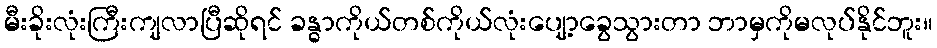
မီးခိုးလုံးကြီးကျလာပြီဆိုရင် ခန္ဓာကိုယ်တစ်ကိုယ်လုံးပျော့ခွေသွားတာ ဘာမှကိုမလုပ်နိုင်ဘူး။